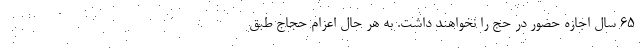
۶۵ سال اجازه حضور در حج را نخواهند داشت. به هر حال اعزام حجاج طبق